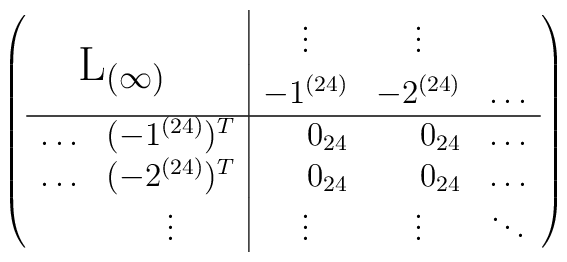
\left( \begin{array}{rr|rrr}   &&\multicolumn{1}{c}{\vdots}&\multicolumn{1}{c}{\vdots}&  \\   \raisebox{3mm}[5mm]{\makebox[0pt][l]{\Large${\rm L}_{(\infty)}$}}    & & -1^{(24)}&-2^{(24)}&\ldots\\ \hline   \ldots&(-1^{(24)})^T&0_{24}&0_{24}&\ldots\\   \ldots&(-2^{(24)})^T&0_{24}&0_{24}&\ldots\\   &\multicolumn{1}{c|}{\vdots}&\multicolumn{1}{c}{\vdots}&    \multicolumn{1}{c}{\vdots}&\ddots \end{array} \right)